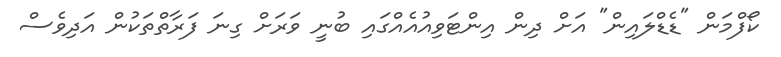
ކޯފްމަން "ޑެޑްލައިން" އަށް ދިން އިންޓަވިއުއެއްގައި ބުނީ ވަރަށް ގިނަ ފަރާތްތަކުން އަދިވެސް